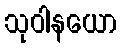
သုဝါနယော